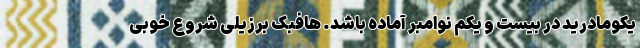
یکومادرید در بیست و یکم نوامبر آماده باشد. هافبک برزیلی شروع خوبی